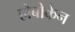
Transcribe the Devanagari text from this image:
होबोकेन